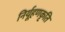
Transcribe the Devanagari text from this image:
निर्यूहणकृति